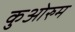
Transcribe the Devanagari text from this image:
कुओरुम